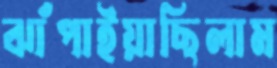
ঝাঁপাইয়াছিলাম